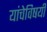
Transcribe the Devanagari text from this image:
यांचेविषयी